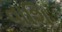
વાશિ